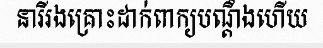
នារីរងគ្រោះដាក់ពាក្យបណ្តឹងហើយ